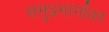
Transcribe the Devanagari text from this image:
समुद्रमार्गावर